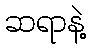
ဆရာနဲ့